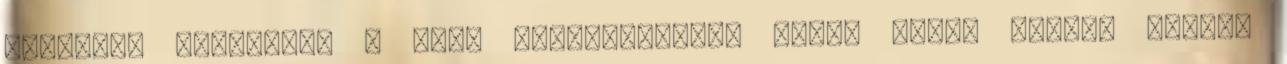
lehetett próbálni. A nagy ismerkedésben aztán Lance Stroll okozta